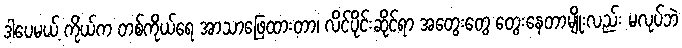
ဒါပေမယ့် ကိုယ်က တစ်ကိုယ်ရေ အာသာဖြေထားတာ၊ လိင်ပိုင်းဆိုင်ရာ အတွေးတွေ တွေးနေတာမျိုးလည်း မလုပ်ဘဲ